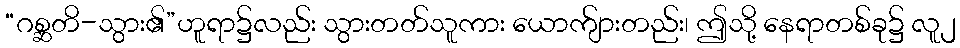
“ဂစ္ဆတိ-သွား၏”ဟူရာ၌လည်း သွားတတ်သူကား ယောက်ျားတည်း၊ ဤသို့ နေရာတစ်ခု၌ လူ၂